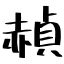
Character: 赬